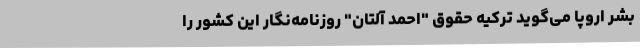
بشر اروپا می‌گوید ترکیه حقوق "احمد آلتان" روزنامه‌نگار این کشور را